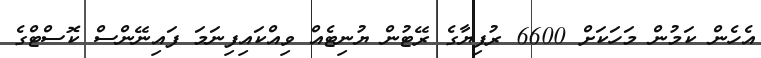
އެހެން ކަމުން މަހަކަށް 6600 ރުފިޔާގެ ރޭޓުން ޔުނިޓެއް ވިއްކައިފިނަމަ ފައިނޭންސް ކޮސްޓްގެ